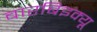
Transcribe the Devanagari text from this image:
बारबिइक्यू